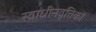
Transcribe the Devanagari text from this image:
स्वाधीनवृत्तिकों